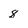
Character: 8